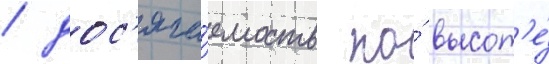
/ дос'яга́емость по́ высот'е́